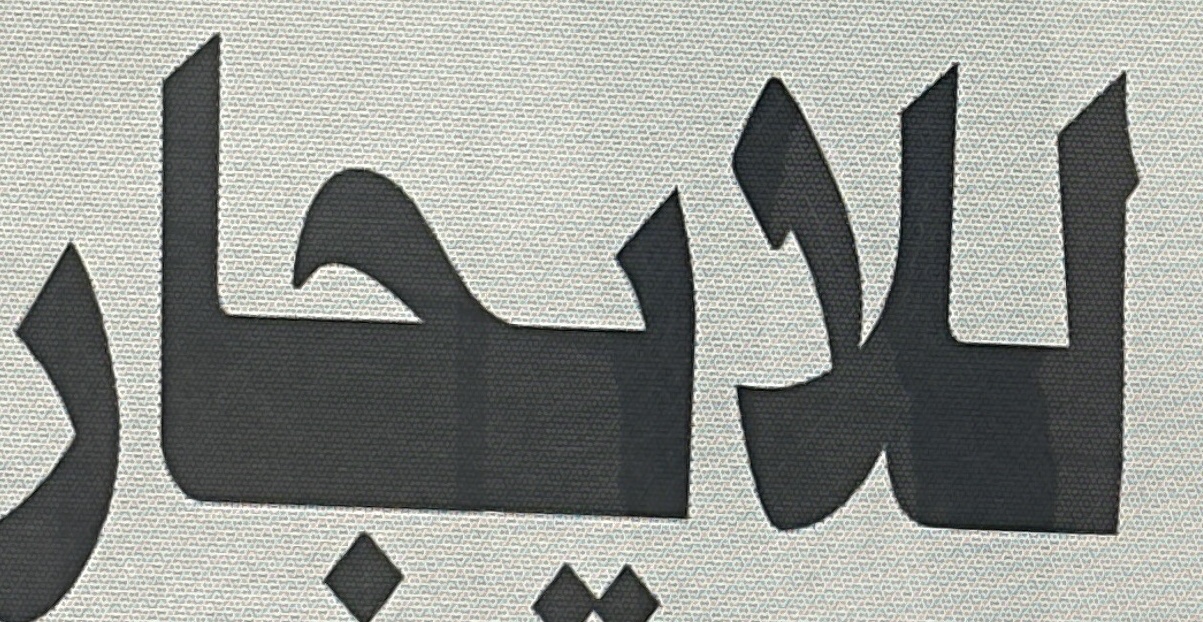
للايجار